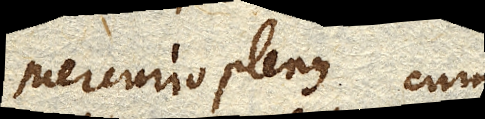
Mercurio plenus